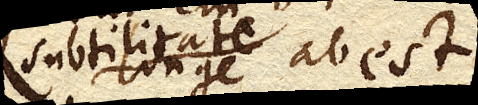
subtilitate longe abest;